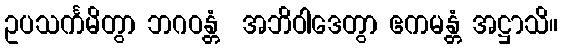
ဥပသင်္ကမိတွာ ဘဂဝန္တံ  အဘိဝါဒေတွာ ဧကမန္တံ အဋ္ဌာသိ။